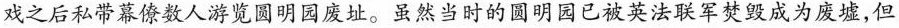
戏之后私带幕僚数人游览圆明园废址。虽然当时的圆明园已被英法联军焚毁成为废墟，但